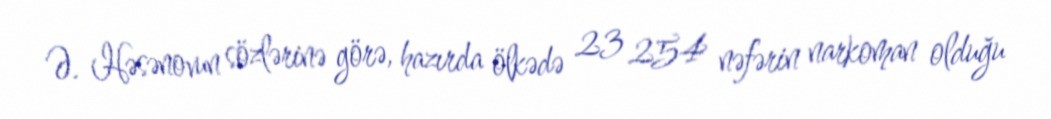
Ə. Həsənovun sözlərinə görə, hazırda ölkədə 23 254 nəfərin narkoman olduğu